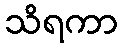
သိရကာ